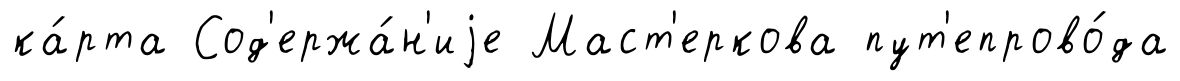
ка́рта Сод'ержа́н'иjе Маст'еркова пут'епрово́да